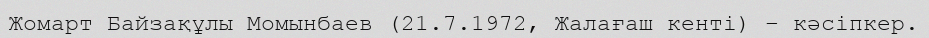
Жомарт Байзақұлы Момынбаев (21.7.1972, Жалағаш кенті) – кәсіпкер.